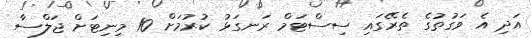
އަދި އެ ވަގުތުގެ ތެރޭގައި ސިސްޓަމް ރަނގަޅު ކުރުމަށް 10 މިނިޓަށް ޖަލްސާ